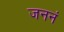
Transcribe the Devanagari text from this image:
जननं